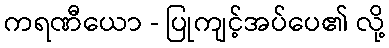
ကရဏီယော - ပြုကျင့်အပ်ပေ၏ လို့